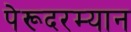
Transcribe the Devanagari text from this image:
पेरूदरम्यान